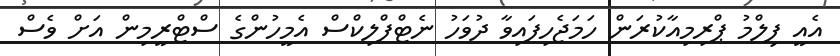
އެއީ ފިލްމު ޕްރިމިއާކުރަން ހަމަޖެހިފައިވާ ދުވަހު ނެޓްފްލިކްސް އެމީހުންގެ ސްޓްރީމިން އަށް ވެސް